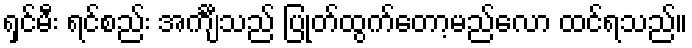
ရှင်မီး ရင်စည်း အင်္ကျီသည် ပြုတ်ထွက်တော့မည်လော ထင်ရသည်။